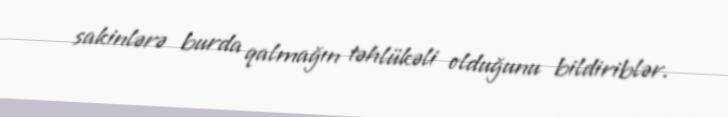
sakinlərə burda qalmağın təhlükəli olduğunu bildiriblər.